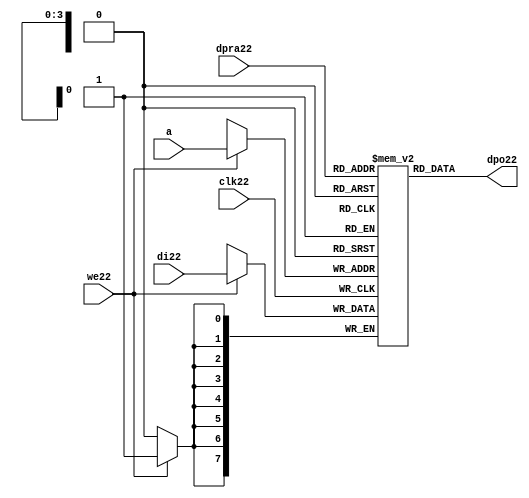
//////////////////////////////////////////////////////////////////////
////                                                              ////
////  raminfr22.v                                                   ////
////                                                              ////
////                                                              ////
////  This22 file is part of the "UART22 16550 compatible22" project22    ////
////  http22://www22.opencores22.org22/cores22/uart1655022/                   ////
////                                                              ////
////  Documentation22 related22 to this project22:                      ////
////  - http22://www22.opencores22.org22/cores22/uart1655022/                 ////
////                                                              ////
////  Projects22 compatibility22:                                     ////
////  - WISHBONE22                                                  ////
////  RS23222 Protocol22                                              ////
////  16550D uart22 (mostly22 supported)                              ////
////                                                              ////
////  Overview22 (main22 Features22):                                   ////
////  Inferrable22 Distributed22 RAM22 for FIFOs22                        ////
////                                                              ////
////  Known22 problems22 (limits22):                                    ////
////  None22                .                                       ////
////                                                              ////
////  To22 Do22:                                                      ////
////  Nothing so far22.                                             ////
////                                                              ////
////  Author22(s):                                                  ////
////      - gorban22@opencores22.org22                                  ////
////      - Jacob22 Gorban22                                          ////
////                                                              ////
////  Created22:        2002/07/22                                  ////
////  Last22 Updated22:   2002/07/22                                  ////
////                  (See log22 for the revision22 history22)          ////
////                                                              ////
////                                                              ////
//////////////////////////////////////////////////////////////////////
////                                                              ////
//// Copyright22 (C) 2000, 2001 Authors22                             ////
////                                                              ////
//// This22 source22 file may be used and distributed22 without         ////
//// restriction22 provided that this copyright22 statement22 is not    ////
//// removed from the file and that any derivative22 work22 contains22  ////
//// the original copyright22 notice22 and the associated disclaimer22. ////
////                                                              ////
//// This22 source22 file is free software22; you can redistribute22 it   ////
//// and/or modify it under the terms22 of the GNU22 Lesser22 General22   ////
//// Public22 License22 as published22 by the Free22 Software22 Foundation22; ////
//// either22 version22 2.1 of the License22, or (at your22 option) any   ////
//// later22 version22.                                               ////
////                                                              ////
//// This22 source22 is distributed22 in the hope22 that it will be       ////
//// useful22, but WITHOUT22 ANY22 WARRANTY22; without even22 the implied22   ////
//// warranty22 of MERCHANTABILITY22 or FITNESS22 FOR22 A PARTICULAR22      ////
//// PURPOSE22.  See the GNU22 Lesser22 General22 Public22 License22 for more ////
//// details22.                                                     ////
////                                                              ////
//// You should have received22 a copy of the GNU22 Lesser22 General22    ////
//// Public22 License22 along22 with this source22; if not, download22 it   ////
//// from http22://www22.opencores22.org22/lgpl22.shtml22                     ////
////                                                              ////
//////////////////////////////////////////////////////////////////////
//
// CVS22 Revision22 History22
//
// $Log: not supported by cvs2svn22 $
// Revision22 1.1  2002/07/22 23:02:23  gorban22
// Bug22 Fixes22:
//  * Possible22 loss of sync and bad22 reception22 of stop bit on slow22 baud22 rates22 fixed22.
//   Problem22 reported22 by Kenny22.Tung22.
//  * Bad (or lack22 of ) loopback22 handling22 fixed22. Reported22 by Cherry22 Withers22.
//
// Improvements22:
//  * Made22 FIFO's as general22 inferrable22 memory where possible22.
//  So22 on FPGA22 they should be inferred22 as RAM22 (Distributed22 RAM22 on Xilinx22).
//  This22 saves22 about22 1/3 of the Slice22 count and reduces22 P&R and synthesis22 times.
//
//  * Added22 optional22 baudrate22 output (baud_o22).
//  This22 is identical22 to BAUDOUT22* signal22 on 16550 chip22.
//  It outputs22 16xbit_clock_rate - the divided22 clock22.
//  It's disabled by default. Define22 UART_HAS_BAUDRATE_OUTPUT22 to use.
//

//Following22 is the Verilog22 code22 for a dual22-port RAM22 with asynchronous22 read. 
module raminfr22   
        (clk22, we22, a, dpra22, di22, dpo22); 

parameter addr_width22 = 4;
parameter data_width22 = 8;
parameter depth = 16;

input clk22;   
input we22;   
input  [addr_width22-1:0] a;   
input  [addr_width22-1:0] dpra22;   
input  [data_width22-1:0] di22;   
//output [data_width22-1:0] spo22;   
output [data_width22-1:0] dpo22;   
reg    [data_width22-1:0] ram22 [depth-1:0]; 

wire [data_width22-1:0] dpo22;
wire  [data_width22-1:0] di22;   
wire  [addr_width22-1:0] a;   
wire  [addr_width22-1:0] dpra22;   
 
  always @(posedge clk22) begin   
    if (we22)   
      ram22[a] <= di22;   
  end   
//  assign spo22 = ram22[a];   
  assign dpo22 = ram22[dpra22];   
endmodule